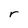
Character: r